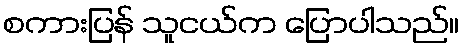
စကားပြန် သူငယ်က ပြောပါသည်။